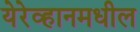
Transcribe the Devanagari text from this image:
येरेव्हानमधील